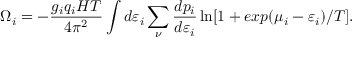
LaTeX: \Omega _ { i } = - \frac { g _ { i } q _ { i } H T } { 4 \pi ^ { 2 } } \int d \varepsilon _ { i } \sum _ { \nu } \frac { d p _ { i } } { d \varepsilon _ { i } } \ln [ 1 + e x p ( \mu _ { i } - \varepsilon _ { i } ) / T ] .